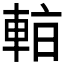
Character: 𰹑